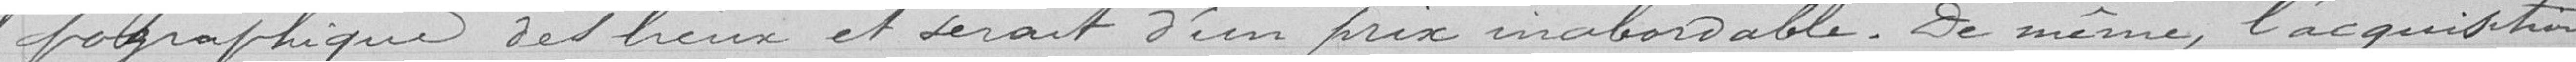
-pographique des lieux et serait d'un prix inabordable. De même, l'acquisition